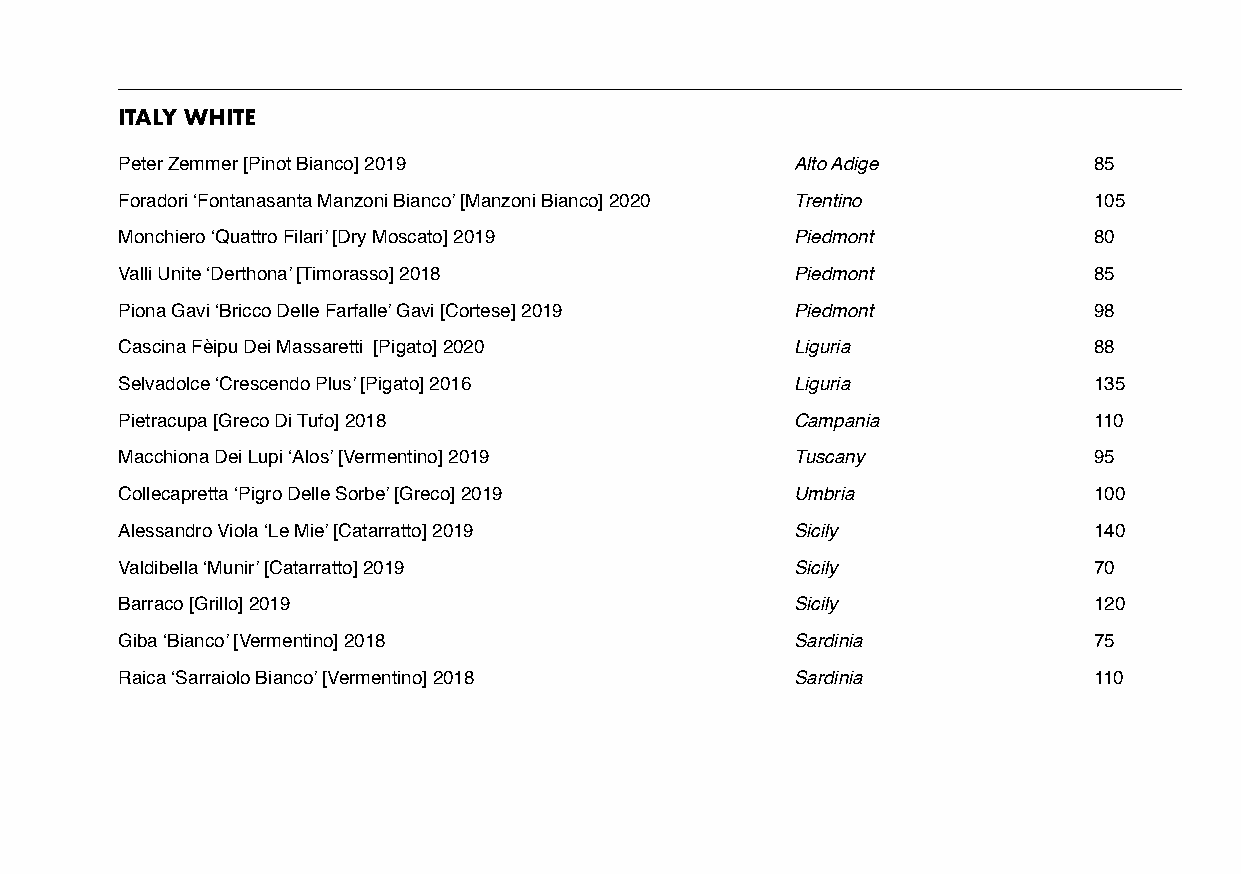
ITALY WHITE
 Peter Zemmer [Pinot Bianco] 2019             Alto Adige         85
 Foradori ‘Fontanasanta Manzoni Bianco’ [Manzoni Bianco] 2020 Trentino 105
 Monchiero ‘Quattro Filari’ [Dry Moscato] 2019 Piedmont          80
 Valli Unite ‘Derthona’ [Timorasso] 2018      Piedmont           85
 Piona Gavi ‘Bricco Delle Farfalle’ Gavi [Cortese] 2019 Piedmont 98
 Cascina Fèipu Dei Massaretti [Pigato] 2020   Liguria            88
 Selvadolce ‘Crescendo Plus’ [Pigato] 2016    Liguria            135
 Pietracupa [Greco Di Tufo] 2018              Campania           110
 Macchiona Dei Lupi ‘Alos’ [Vermentino] 2019  Tuscany            95
 Collecapretta ‘Pigro Delle Sorbe’ [Greco] 2019 Umbria           100
 Alessandro Viola ‘Le Mie’ [Catarratto] 2019  Sicily             140
 Valdibella ‘Munir’ [Catarratto] 2019         Sicily             70
 Barraco [Grillo] 2019                        Sicily             120
 Giba ‘Bianco’ [Vermentino] 2018              Sardinia           75
 Raica ‘Sarraiolo Bianco’ [Vermentino] 2018   Sardinia           110